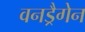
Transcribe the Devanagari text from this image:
वनड्रैगेन